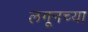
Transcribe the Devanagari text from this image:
लगूनच्या